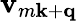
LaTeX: {\mathbf v}_{m\mathbf k+\mathbf q}